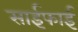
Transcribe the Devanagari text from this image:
साईफाई